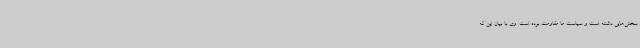
سختی‌هایی داشته است و سیاست ما مقاومت بوده است. وی با بیان این که